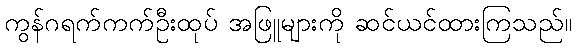
ကွန်ဂရက်ကက်ဦးထုပ် အဖြူများကို ဆင်ယင်ထားကြသည်။